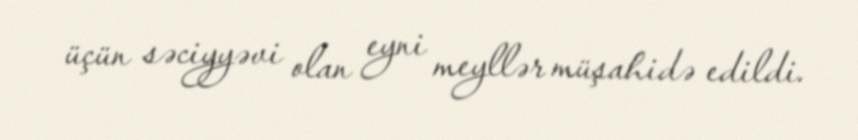
üçün səciyyəvi olan eyni meyllər müşahidə edildi.